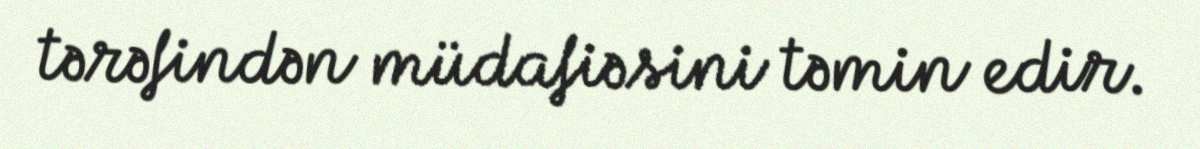
tərəfindən müdafiəsini təmin edir.